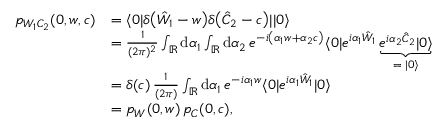
\begin{array} { r l } { p _ { W _ { 1 } C _ { 2 } } ( 0 , w , c ) } & { = \langle 0 | \delta \bigl ( \hat { W } _ { 1 } - w \bigr ) \delta \bigl ( \hat { C } _ { 2 } - c \bigr ) | | 0 \rangle } \\ & { = \frac { 1 } { ( 2 \pi ) ^ { 2 } } \int _ { \mathbb { R } } \mathrm { d } \alpha _ { 1 } \int _ { \mathbb { R } } \mathrm { d } \alpha _ { 2 } \, e ^ { - i \left( \alpha _ { 1 } w + \alpha _ { 2 } c \right) } \langle 0 | e ^ { i \alpha _ { 1 } \hat { W } _ { 1 } } \underbrace { e ^ { i \alpha _ { 2 } \hat { C } _ { 2 } } | 0 \rangle } _ { = \; | 0 \rangle } } \\ & { = \delta ( c ) \, \frac { 1 } { ( 2 \pi ) } \int _ { \mathbb { R } } \mathrm { d } \alpha _ { 1 } \, e ^ { - i \alpha _ { 1 } w } \langle 0 | e ^ { i \alpha _ { 1 } \hat { W } _ { 1 } } | 0 \rangle } \\ & { = p _ { W } ( 0 , w ) \, p _ { C } ( 0 , c ) , } \end{array}